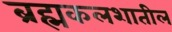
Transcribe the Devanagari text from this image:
ब्रह्मकलशातील